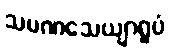
သမဏသေယျာရူပံ